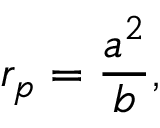
r _ { p } = { \frac { a ^ { 2 } } { b } } ,